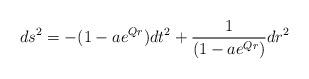
LaTeX: \begin{align*}ds^{2} = - (1 - ae^{Q r}) dt^{2} + \frac{1}{(1 - ae^{Q r})}dr^{2}\end{align*}